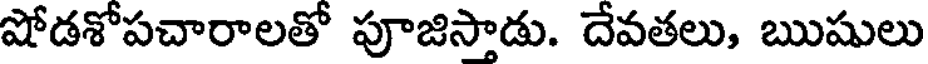
షోడశోపచారాలతో పూజిస్తాడు. దేవతలు, ఋషులు